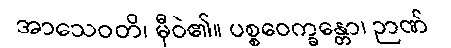
အာသေဝတိ၊ မှီဝဲ၏။ ပစ္စဝေက္ခန္တော၊ ဉာဏ်